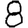
Digit: 8